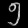
Digit: ၅